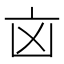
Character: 㐫